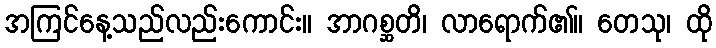
အကြင်နေ့သည်လည်းကောင်း။ အာဂစ္ဆတိ၊ လာရောက်၏။ တေသု၊ ထို